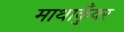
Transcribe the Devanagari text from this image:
माथाकुँवर